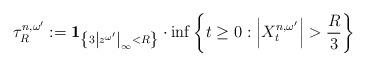
LaTeX: \begin{align*}\tau^{n,\omega^\prime}_R:=\mathbf{1}_{\left\lbrace 3\left\lvert z^{\omega^\prime}\right\rvert_\infty<R\right\rbrace}\cdot\inf\left\lbrace t\ge 0: \left\lvert X^{n,\omega^\prime}_t\right\rvert > \frac{R}{3}\right\rbrace \end{align*}